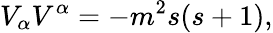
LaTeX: V_{\alpha}V^{\alpha}=-m^{2}s(s+1),